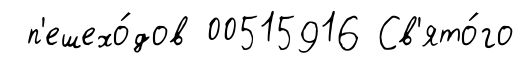
п'ешехо́дов 00515916 Св'ято́го